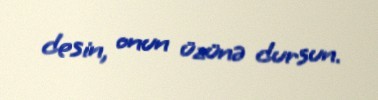
desin, onun üzünə dursun.